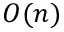
O ( n )